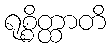
ရုစ္စိတ္ထာတိ